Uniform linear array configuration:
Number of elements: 16
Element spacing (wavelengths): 0.25
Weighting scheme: blackman
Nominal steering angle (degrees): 45
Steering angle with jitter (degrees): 44.39
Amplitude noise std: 0.05
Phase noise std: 0.05

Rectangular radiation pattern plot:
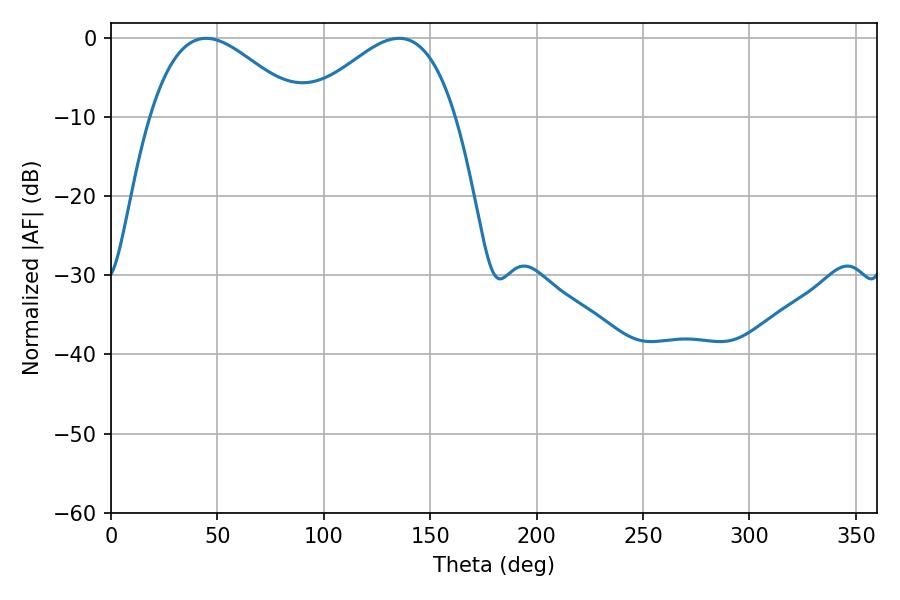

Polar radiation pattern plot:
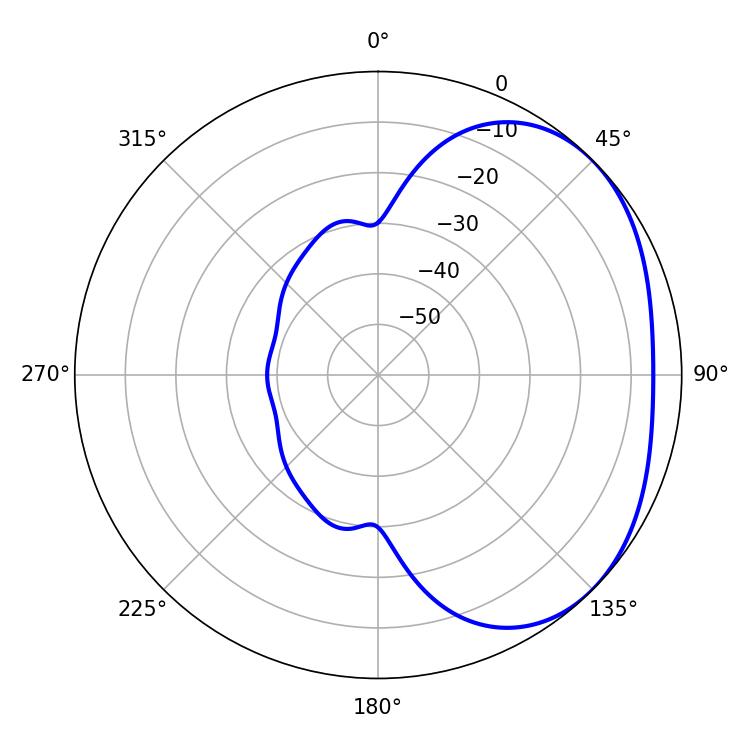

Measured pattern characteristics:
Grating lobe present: FALSE
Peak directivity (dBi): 2.644
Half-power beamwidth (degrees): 38.16
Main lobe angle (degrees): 44.64